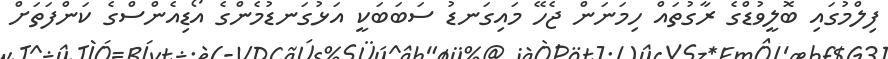
ފިލްމުގައި ބޮލީވުޑްގެ ރާގުތައް ހިމަނަން ޖެހޭ މައިގަނޑު ސަބަބަކީ އަޅުގަނޑުމެންގެ އޯޑިއެންސްގެ ކަންފަތަށް